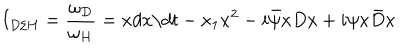
I _ { D / H } = \frac { \omega _ { D } } { \omega _ { H } } = x d x / d t - x _ { 1 } x ^ { 2 } - i \bar { \psi } x D x + i \psi x \bar { D } x